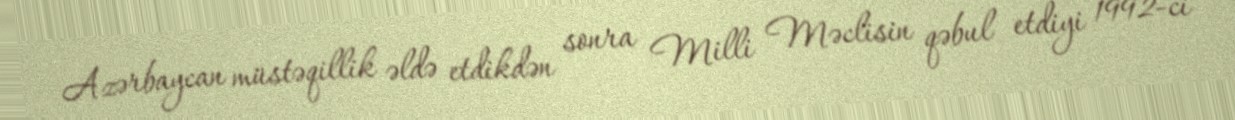
Azərbaycan müstəqillik əldə etdikdən sonra Milli Məclisin qəbul etdiyi 1992-ci